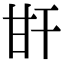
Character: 𤮽